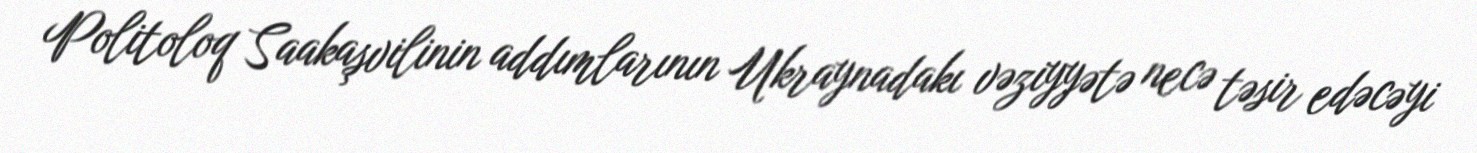
Politoloq Saakaşvilinin addımlarının Ukraynadakı vəziyyətə necə təsir edəcəyi